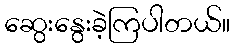
ဆွေးနွေးခဲ့ကြပါတယ်။